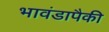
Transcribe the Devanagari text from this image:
भावंडापैकी